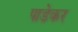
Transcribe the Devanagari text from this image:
पाडेकर